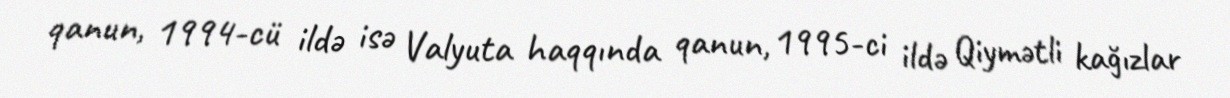
qanun, 1994-cü ildə isə Valyuta haqqında qanun, 1995-ci ildə Qiymətli kağızlar